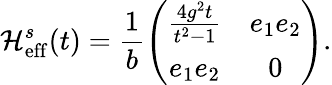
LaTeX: \mathcal{H}_{\mathrm{{eff}}}^{s}(t)=\frac{{1}}{{b}}\left(\begin{array}{cc}{\frac{4g^{2}t}{t^{2}-1}}&{e_{1}e_{2}}\\ {e_{1}e_{2}}&{0}\end{array}\right).